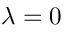
\lambda = 0